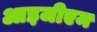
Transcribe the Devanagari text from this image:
आइजीएम